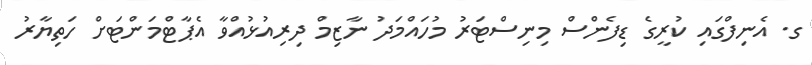
ގ. އެނިފްގައި ކުރީގެ ޑިފެންސް މިނިސްޓަރު މުހައްމަދު ނާޒިމް ދިރިއުޅުއްވާ އެޕާޓްމަންޓަށް ހަތިޔާރު